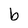
Character: b